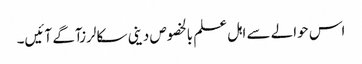
اس حوالے سے اہل علم بالخصوص دینی سکالرزآگے آئیں۔